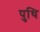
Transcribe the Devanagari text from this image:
पुथि